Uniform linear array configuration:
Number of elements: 32
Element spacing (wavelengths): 0.75
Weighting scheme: exponential
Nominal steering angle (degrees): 15
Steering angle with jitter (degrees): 15.329
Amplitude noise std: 0.05
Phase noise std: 0.05

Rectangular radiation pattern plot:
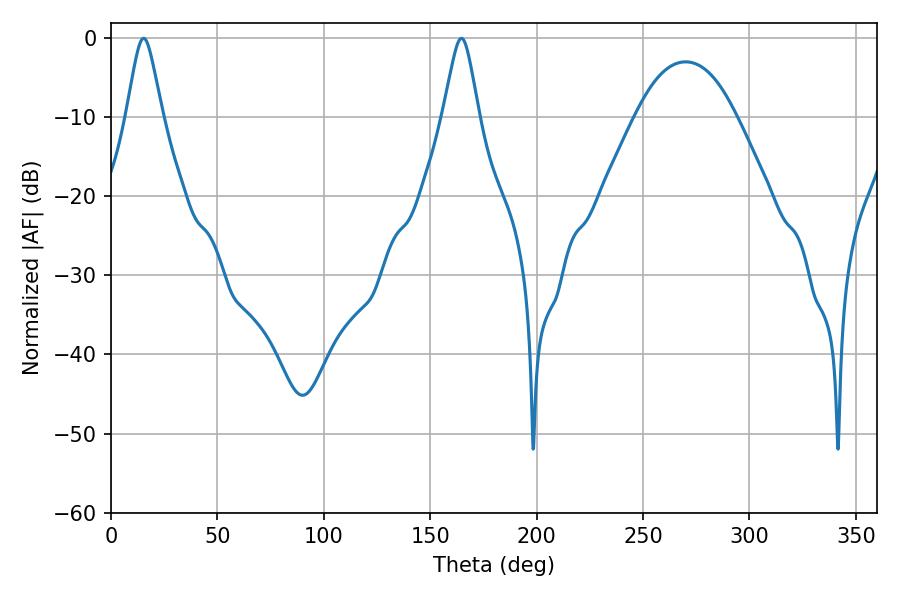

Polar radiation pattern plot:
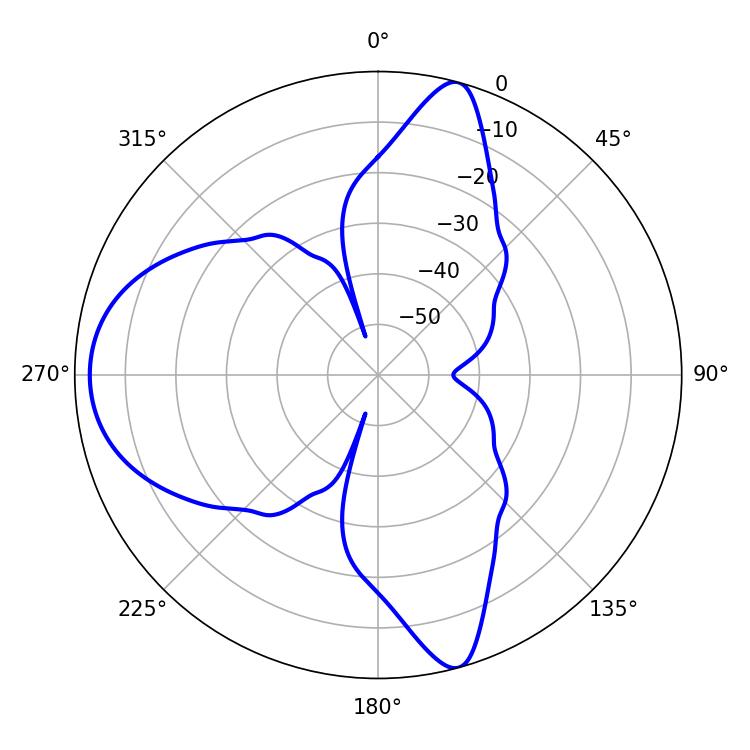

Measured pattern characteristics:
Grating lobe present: TRUE
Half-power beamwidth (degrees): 8.1
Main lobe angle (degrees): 15.3